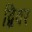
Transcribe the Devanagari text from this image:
द्विवर